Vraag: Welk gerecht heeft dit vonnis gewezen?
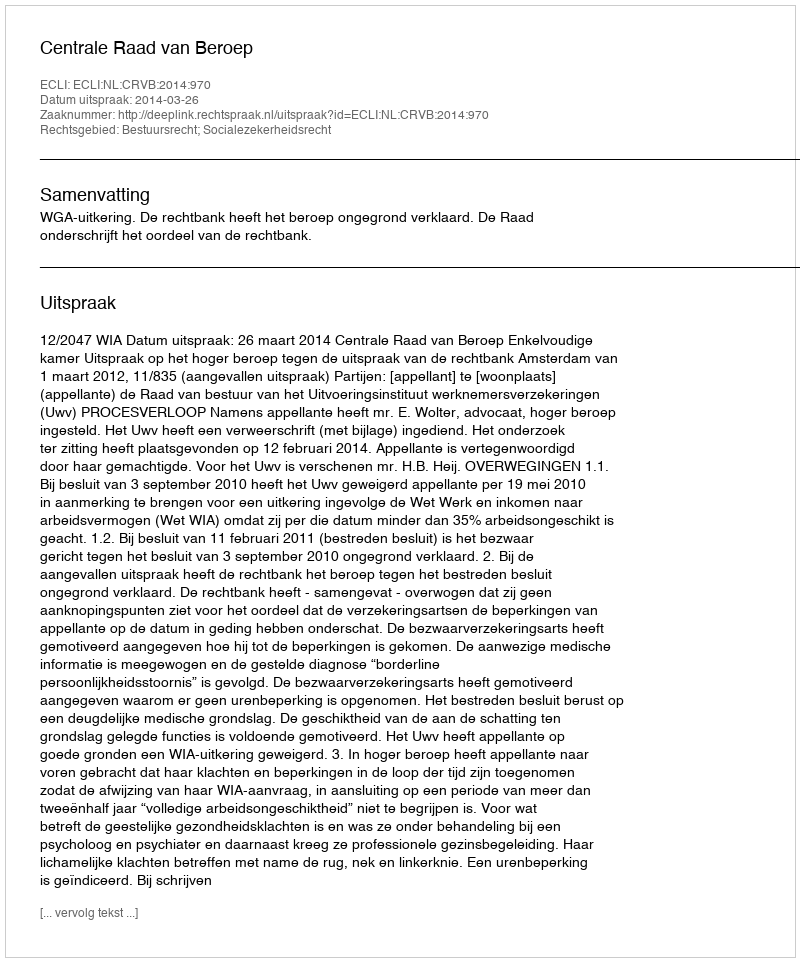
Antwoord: Centrale Raad van Beroep